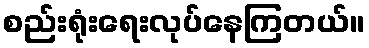
စည်းရုံးရေးလုပ်နေကြတယ်။